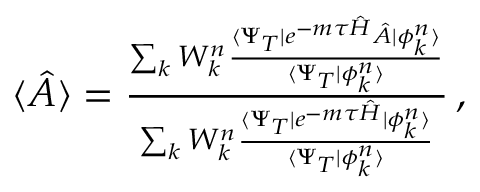
\begin{array} { r } { \langle \hat { A } \rangle = \frac { \sum _ { k } W _ { k } ^ { n } \frac { \langle \Psi _ { T } | e ^ { - m \tau \hat { H } } \hat { A } | \phi _ { k } ^ { n } \rangle } { \langle \Psi _ { T } | \phi _ { k } ^ { n } \rangle } } { \sum _ { k } W _ { k } ^ { n } \frac { \langle \Psi _ { T } | e ^ { - m \tau \hat { H } } | \phi _ { k } ^ { n } \rangle } { \langle \Psi _ { T } | \phi _ { k } ^ { n } \rangle } } \, , } \end{array}